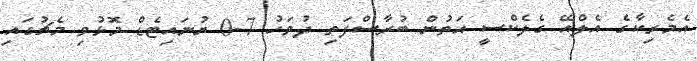
އެމެރިކާގެ އެލްއޭ ގެލެކްސީ އަތުން ބުރާސްފަތި ދުވަހު 7-0 ޔުނައިޓެޑް މޮޅުވި މެޗުގައި